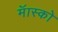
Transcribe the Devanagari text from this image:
मॅास्को